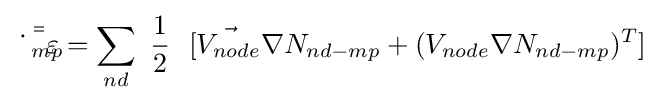
{\bar {\bar {{\dot {\varepsilon }}_{mp}}}}=\sum _{nd}~{1 \over 2}~~[{\vec {V_{node}}}\nabla N_{nd-mp}+(V_{node}\nabla N_{nd-mp})^{T}]